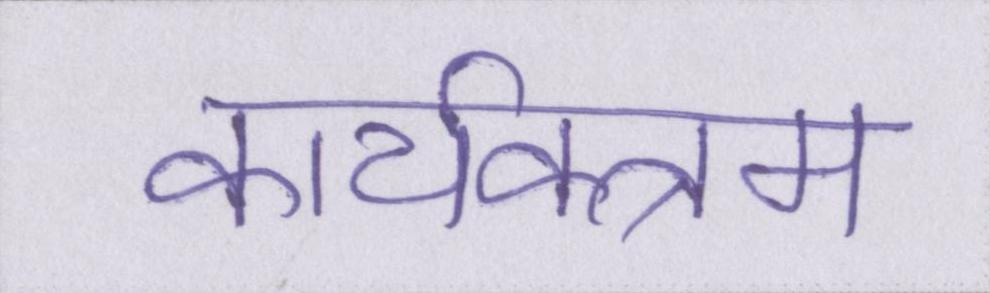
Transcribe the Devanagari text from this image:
कार्यक्त्रम